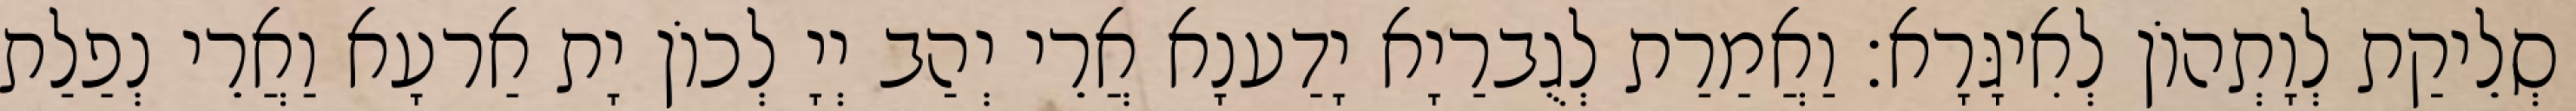
סְלֵיקַת לְוָתְהוֹן לְאִיגָּרָא׃ וַאֲמַרַת לְגֻברַיָא יָדַענָא אֲרֵי יְהַב יְיָ לְכוֹן יָת אַרעָא וַאֲרֵי נְפַלַת